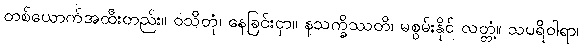
တစ်ယောက်အထီးတည်း။ ဝသိတုံ၊ နေခြင်းငှာ။ နသက္ခိဿတိ၊ မစွမ်းနိုင် လတ္တံ့။ သပရိဝါရာ၊